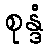
စုန္ဒံ